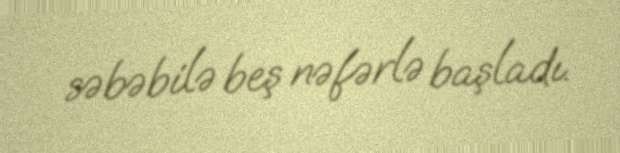
səbəbilə beş nəfərlə başladı.